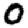
Digit: 0